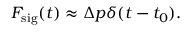
F _ { \mathrm { s i g } } ( t ) \approx \Delta p \delta ( t - t _ { 0 } ) .